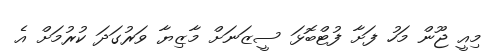
މިއީ ޖޫން މަހު ފަށާ ފުޓްބޮޅަ ސީޒަނަށް މާޒިޔާ ވަރުގަދަ ކުރުމަށް އެ